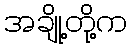
အချို့တို့က